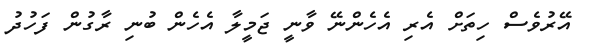
އޭރުވެސް ހިތަށް އެރި އެހެންނޭ ވާނީ ޖަމީލާ އެހެން ބުނި ރާގުން ފަހުދު